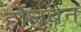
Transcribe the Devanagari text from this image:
र्होलबेन